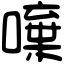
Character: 𠾍